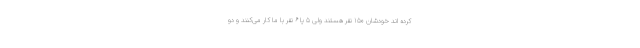
کرده اند خودشان ۱۵۰ نفر هستند ولی ۵ یا ۶ نفر با ما کار می‌کنند و دو